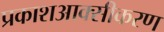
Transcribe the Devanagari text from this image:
प्रकाशआक्सीकरण